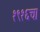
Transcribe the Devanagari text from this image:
१९१६चा